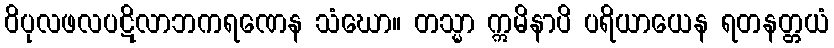
ဝိပုလဖလပဋိလာဘကရဏေန သံဃော။ တသ္မာ ဣမိနာပိ ပရိယာယေန ရတနတ္တယံ